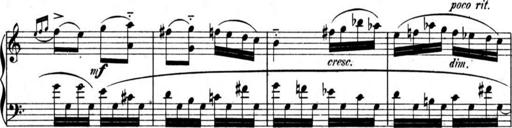
Title: AusgewÃ¤hlte Sonaten
Composer: Muzio Clementi